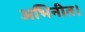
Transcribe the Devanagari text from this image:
अभिनीत।